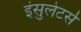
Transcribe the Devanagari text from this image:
इंसुलेटर्स